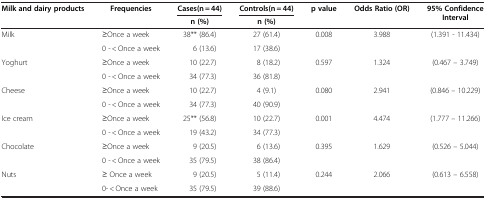
| <ROWSPAN=2> Milk and dairy products | <ROWSPAN=2> Frequencies | Cases(n = 44) | Controls(n = 44) | <ROWSPAN=2> p value | <ROWSPAN=2> Odds Ratio (OR) | <ROWSPAN=2> 95% Confidence Interval |
 | n (%) | n (%) |
 | --- | --- | --- | --- | --- | --- | --- |
 | <ROWSPAN=2> Milk | ≥Once a week | 38** (86.4) | 27 (61.4) | 0.008 | 3.988 | (1.391 - 11.434) |
 | 0 - < Once a week | 6 (13.6) | 17 (38.6) |  |  |  |
 | <ROWSPAN=2> Yoghurt | ≥Once a week | 10 (22.7) | 8 (18.2) | 0.597 | 1.324 | (0.467 – 3.749) |
 | 0 - < Once a week | 34 (77.3) | 36 (81.8) |  |  |  |
 | <ROWSPAN=2> Cheese | ≥Once a week | 10 (22.7) | 4 (9.1) | 0.080 | 2.941 | (0.846 – 10.229) |
 | 0 - < Once a week | 34 (77.3) | 40 (90.9) |  |  |  |
 | <ROWSPAN=2> Ice cream | ≥Once a week | 25** (56.8) | 10 (22.7) | 0.001 | 4.474 | (1.777 – 11.266) |
 | 0 - < Once a week | 19 (43.2) | 34 (77.3) |  |  |  |
 | Chocolate | ≥Once a week | 9 (20.5) | 6 (13.6) | 0.395 | 1.629 | (0.526 – 5.044) |
 |  | 0 - < Once a week | 35 (79.5) | 38 (86.4) |  |  |  |
 | Nuts | ≥ Once a week | 9 (20.5) | 5 (11.4) | 0.244 | 2.066 | (0.613 – 6.558) |
 |  | 0- < Once a week | 35 (79.5) | 39 (88.6) |  |  |  |